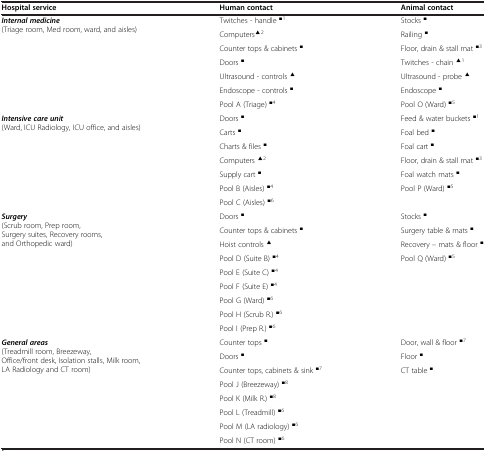
| Hospital service | Human contact | Animal contact |
 | --- | --- | --- |
 | <ROWSPAN=7> Internal medicine (Triage room, Med room, ward, and aisles) | Twitches - handle ■1 | Stocks ■ |
 | Computers▲2 | Railing ■ |
 | Counter tops & cabinets ■ | Floor, drain & stall mat ■3 |
 | Doors ■ | Twitches - chain ▲1 |
 | Ultrasound - controls ▲ | Ultrasound - probe ▲ |
 | Endoscope - controls ■ | Endoscope ■ |
 | Pool A (Triage) ■4 | Pool O (Ward) ■5 |
 | <ROWSPAN=7> Intensive care unit (Ward, ICU Radiology, ICU office, and aisles) | Doors ■ | Feed & water buckets ■1 |
 | Carts ■ | Foal bed ■ |
 | Charts & files ■ | Foal cart ■ |
 | Computers ▲2 | Floor, drain & stall mat ■3 |
 | Supply cart ■ | Foal watch mats ■ |
 | Pool B (Aisles) ■4 | Pool P (Ward) ■5 |
 | Pool C (Aisles) ■6 |  |
 | <ROWSPAN=9> Surgery (Scrub room, Prep room, Surgery suites, Recovery rooms, and Orthopedic ward) | Doors ■ | Stocks ■ |
 | Counter tops & cabinets ■ | Surgery table & mats ■ |
 | Hoist controls ▲ | Recovery – mats & floor ■ |
 | Pool D (Suite B) ■4 | Pool Q (Ward) ■5 |
 | Pool E (Suite C) ■4 |  |
 | Pool F (Suite E) ■4 |  |
 | Pool G (Ward) ■6 |  |
 | Pool H (Scrub R.) ■6 |  |
 | Pool I (Prep R.) ■6 |  |
 | <ROWSPAN=7> General areas (Treadmill room, Breezeway, Office/front desk, Isolation stalls, Milk room, LA Radiology and CT room) | Counter tops ■ | Door, wall & floor ■7 |
 | Doors ■ | Floor ■ |
 | Counter tops, cabinets & sink ■7 | CT table ■ |
 | Pool J (Breezeway) ■8 |  |
 | Pool K (Milk R.) ■8 |  |
 | Pool L (Treadmill) ■6 |  |
 | Pool M (LA radiology) ■6 |  |
 |  | Pool N (CT room) ■6 |  |